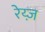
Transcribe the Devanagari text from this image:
रेय्ज़